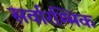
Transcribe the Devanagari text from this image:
सर्वारम्भिक